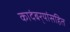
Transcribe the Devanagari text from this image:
कादंबर्‍यांसहित